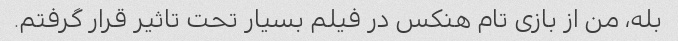
بله، من از بازی تام هنکس در فیلم بسیار تحت تاثیر قرار گرفتم.